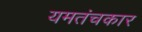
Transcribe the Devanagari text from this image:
यमतंचकार